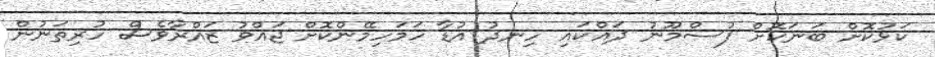
ކަޅުކޮށް ބަނަކޮށް ފުސްމޫނު ދައްކައި ހިނދު އުޑާ ހަމަހިމޭންކޮށް ޖައްވު ޒައްރާވެސް ހުރިތަނުން